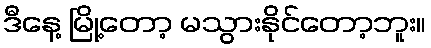
ဒီနေ့ မြို့တော့ မသွားနိုင်တော့ဘူး။